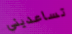
تساعديني